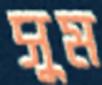
সুম